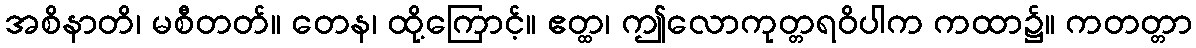
အစိနာတိ၊ မစီတတ်။ တေန၊ ထို့ကြောင့်။ ဧတ္ထ၊ ဤလောကုတ္တရဝိပါက ကထာ၌။ ကတတ္တာ